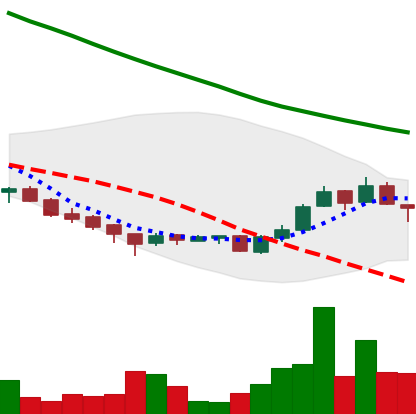
Ticker: ADA-USD
Chart end date: 2018-09-25
Forward return: 5.143%
Label: up_5_7